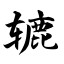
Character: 辘